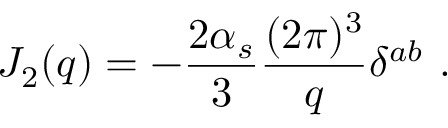
J _ { 2 } ( q ) = - { \frac { 2 \alpha _ { s } } { 3 } } { \frac { ( 2 \pi ) ^ { 3 } } { q } } \delta ^ { a b } \ .